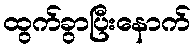
ထွက်ခွာပြီးနောက်